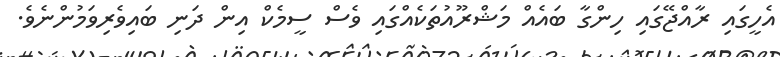
އެހީގައި ރާއްޖޭގައި ހިންގާ ބައެއް މަޝްރޫއުތަކެއްގައި ވެސް ސީމެކް އިން ދަނި ބައިވެރިވަމުންނެވެ.